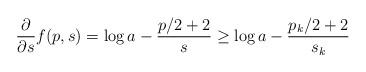
LaTeX: \begin{align*}\frac{\partial}{\partial s}f(p,s) = \log a - \frac{p/2+2}{s} \geq \log a - \frac{p_k/2+2}{s_k}\end{align*}